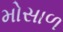
મોસાળ